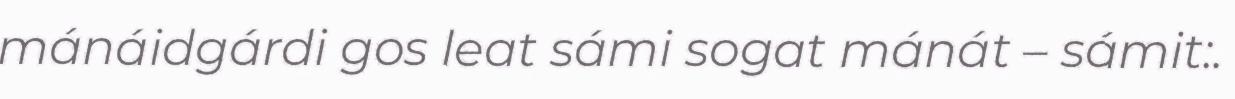
mánáidgárdi gos leat sámi sogat mánát – sámit:.